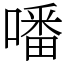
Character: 噃